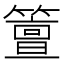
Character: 䉡